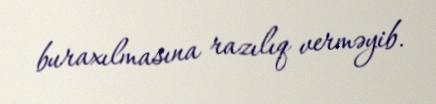
buraxılmasına razılıq verməyib.